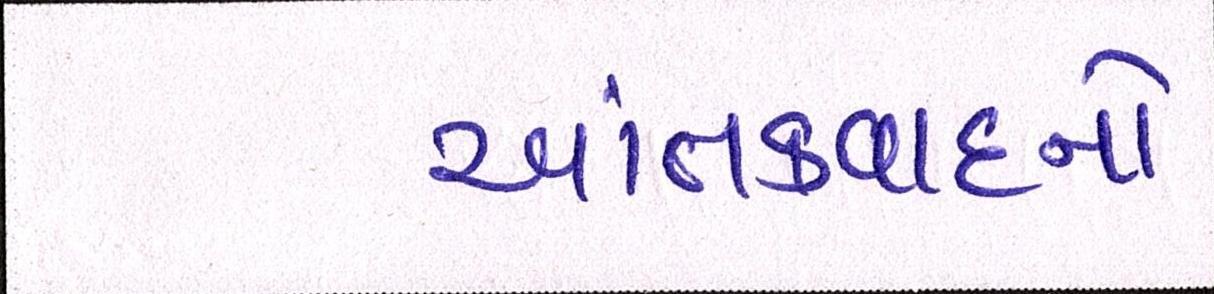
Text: આતંકવાદનો